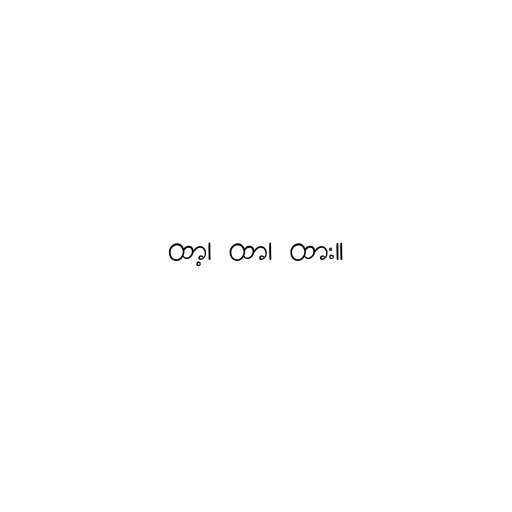
ထာ့၊ ထာ၊ ထား။